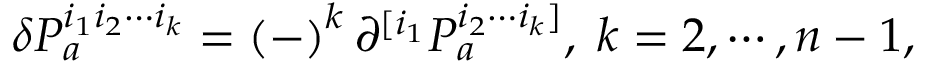
\delta P _ { a } ^ { i _ { 1 } i _ { 2 } \cdots i _ { k } } = \left( - \right) ^ { k } \partial ^ { [ i _ { 1 } } P _ { a } ^ { i _ { 2 } \cdots i _ { k } ] } , \; k = 2 , \cdots , n - 1 ,